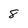
Character: 8